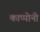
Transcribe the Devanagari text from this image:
काप्पोनी